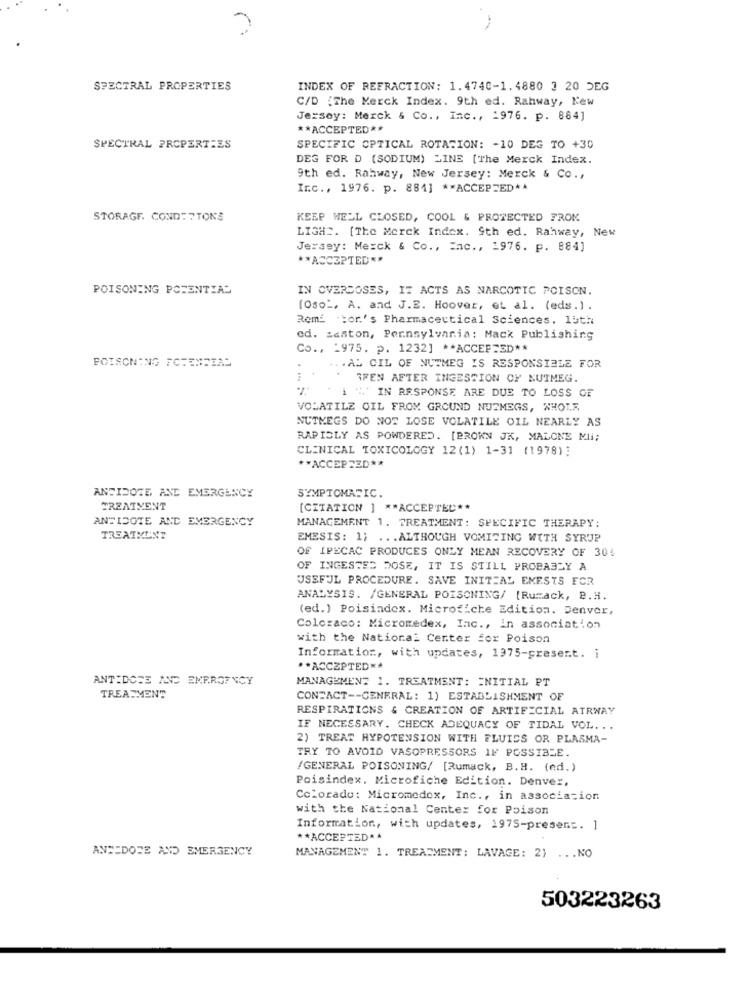
-
SPECTRAL PROPERTIES
INDEX OF REFRACTION: 1.4740-1.4880 3 20 DEG
C/D :The Merck Index. 9th ed. Rahway, Kew
Jersey: Merck & Co ., Inc ., 1976. p. 864]
** ACCEPTED **
SPECTRAL PROPERTIES
SPECIFIC OPTICAL ROTATION: - 10 DEG TO +30
DEG FOR D (SODIUM) LINE [The Merck Index.
9th ed. Rahway, New Jersey: Merck & Co .,
Inc ., 1976. p. 884] ** ACCEPTED **
STORAGE. COND:FTONS
KEEP WELL CLOSED, COOL & PROTECTED FROM
LIGH2. [The Merck Index. Sth ed. Rahway, New
Jersey: Merck & Co ., Inc ., 1976. p. 884]
** ACCEPTED **
POISONING POTENTIAL
IN OVERDOSES, IZ ACTS AS NARCOTIC POISON.
[Oso", A. and J.E. Hoover, et al. (eds.).
Remi tor.'s Pharmaceutical Sciences, 15th
ed. zeston, Pennsylvania: Mack Publishing
Co ., 1975. p. 1232] ** ACCEPTED **
POISONING FCHENFIAS
... AL CIL OF NUTMEG IS RESPONSIBLE FOR
IFEN AFTER INGESTION OF NUTMEG.
...
1 % IN RESPONSE ARE DUE TO LOSS OF
VOLATILE OIL FROM GROUND NUTMEGS, WHOLE
NUTMEGS DO NOT LOSE VOLATILE OIL NEARLY AS
RAPIDLY AS POWDERED. [BROWN JK, MALONE ML;
CLINICAL TOXICOLOGY 12(1) 1-31 (1978);
** ACCEPTED **
SYMPTOMATIC.
ANTIDOTE, AND EMERGENCY
TREATMENT
[CITATION ] ** ACCEPTED **
ANTIDOTE AND EMERGENCY
MANAGEMENT 1. TREATMENT: SPECIFIC THERAPY:
TREATMENT
EMESIS: 1; ... ALTHOUGH VOMITING WITH SYRUP
OF IPECAC PRODUCES ONLY MEAN RECOVERY OF 304
OF INGESTED DOSE, IT IS STILL PROBABLY A
USEFUL PROCEDURE. SAVE INITIAL EMESTS FOR
ANALYSIS. /GENERAL POISONING/ [Rumack, B.H.
(ed.) Poisindex. Microfiche Edition. Denver,
Coloraco: Micromedex, Inc ., In association
with the National Center for Poison
Information, with updates, 1975-present.
** ACCEPTED **
ANTIDOTE AND EMEROFNCY
MANAGEMENT 1. TREATMENT: INITIAL PT
TREATMENT
CONTACT -- GENERAL: 1) ESTABLISHMENT OF
RESPIRATIONS & CREATION OF ARTIFICIAL ATRWAY
IF NECESSARY. CHECK ADEQUACY OF TIDAL VOL. .
2) TREAT HYPOTENSION WITH FLUIDS OR PLASMA-
TRY TO AVOID VASOPRESSORS IF POSSIBLE.
/GENERAL POISONING/ [Rumack, B.H. (ed.)
Poisindex. Microfiche Edition. Denver,
Colorado: Micromedex, Inc ., in association
with the National Center for Poison
Information, with updates, 1975-presens. ]
** ACCEPTED **
ANTIDOTE AND EMERGENCY
MANAGEMENT 1. TREATMENT: LAVAGE: 2) ... NO
503223263